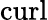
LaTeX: \mathrm{curl}